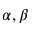
\alpha , \beta